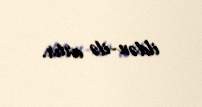
ildən-ilə artır.